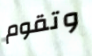
وتقوم